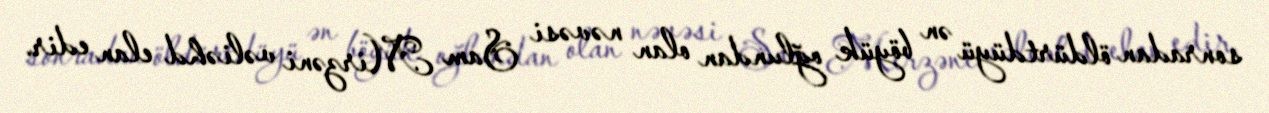
sonradan öldürtdüyü ən böyük oğlundan olan nəvəsi Sam Mirzəni vəliəhd elan edir.